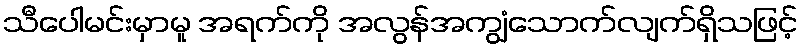
သီပေါမင်းမှာမူ အရက်ကို အလွန်အကျွံသောက်လျက်ရှိသဖြင့်